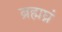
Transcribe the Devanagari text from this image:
ब्रह्मघ्नं